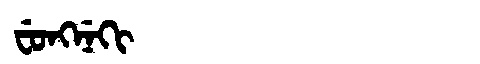
Manchu: ᠸᡠᠩᠨᡝᡴᡳ
Romanization: FUNGNEKI